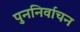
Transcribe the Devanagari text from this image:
पुननिर्वाचन